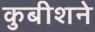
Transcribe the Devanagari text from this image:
कुबीशने